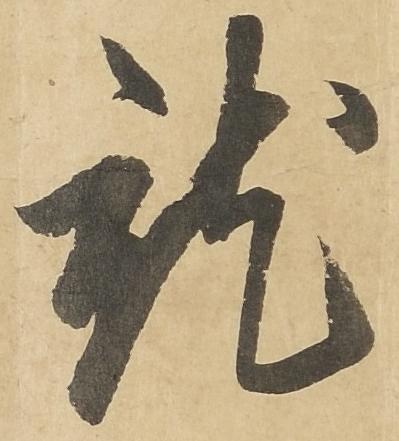
就